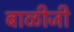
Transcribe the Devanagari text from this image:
बाळीजी